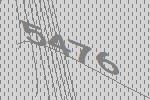
5476